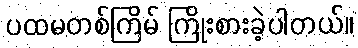
ပထမတစ်ကြိမ် ကြိုးစားခဲ့ပါတယ်။